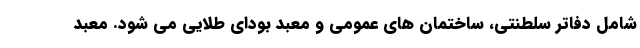
شامل دفاتر سلطنتی، ساختمان های عمومی و معبد بودای طلایی می شود. معبد